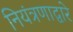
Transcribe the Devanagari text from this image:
नियंत्रणाद्वारे